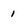
Character: 1